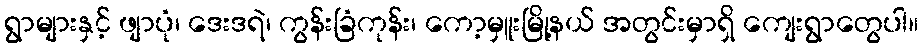
ရွာများနှင့် ဖျာပုံ၊ ဒေးဒရဲ၊ ကွန်းခြံကုန်း၊ ကော့မှူးမြို့နယ် အတွင်းမှာရှိ ကျေးရွာတွေပါ။